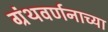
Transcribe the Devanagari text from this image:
ग्रंथवर्णनाच्या